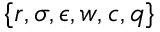
\{ r , \sigma , \epsilon , w , c , q \}